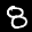
Label: 8